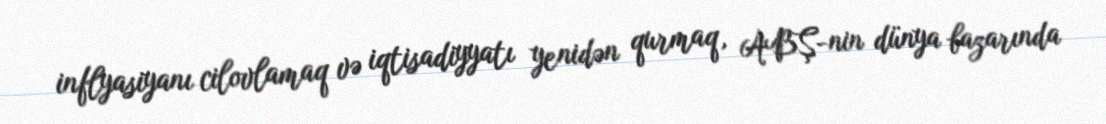
inflyasiyanı cilovlamaq və iqtisadiyyatı yenidən qurmaq, ABŞ-nin dünya bazarında